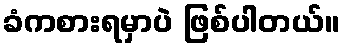
ခံကစားရမှာပဲ ဖြစ်ပါတယ်။